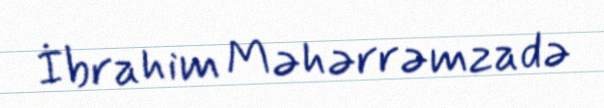
İbrahim Məhərrəmzadə